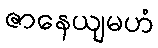
ဇာနေယျမဟံ